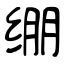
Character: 绷